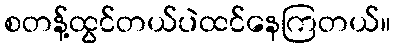
စတန့်ထွင်တယ်ပဲထင်နေကြတယ်။